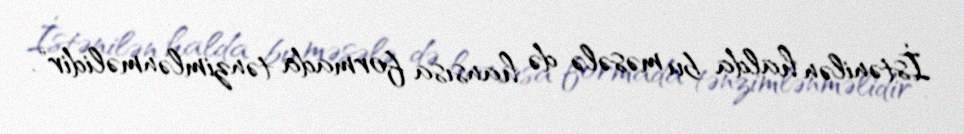
İstənilən halda bu məsələ də hansısa formada tənzimlənməlidir".